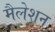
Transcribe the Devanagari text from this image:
मैलेशन